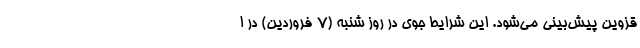
قزوین پیش‌بینی می‌شود. این شرایط جوی در روز شنبه (۷ فروردین) در ا